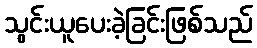
သွင်းယူပေးခဲ့ခြင်းဖြစ်သည်